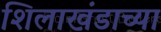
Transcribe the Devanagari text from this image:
शिलाखंडाच्या